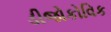
ડીજોકોવિક